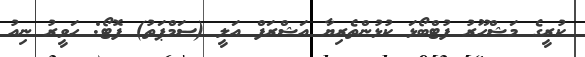
ކުރީގެ މަޝްހޫރު ފުޓްބޯޅަ ކުޅުންތެރިޔާ އަޝްރަފް އަލީ (ސަމްޕަތު) ފޮޓޯ: ހަވީރު ނިއު